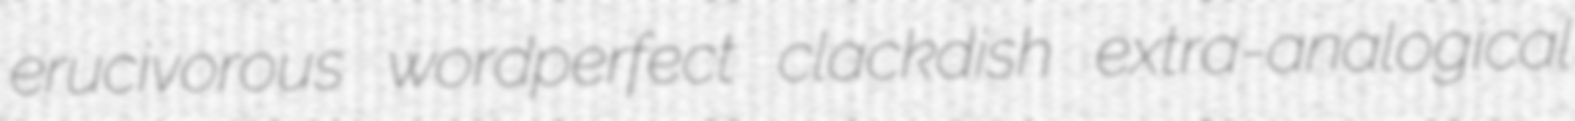
erucivorous wordperfect clackdish extra-analogical